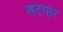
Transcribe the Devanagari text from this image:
तटपार